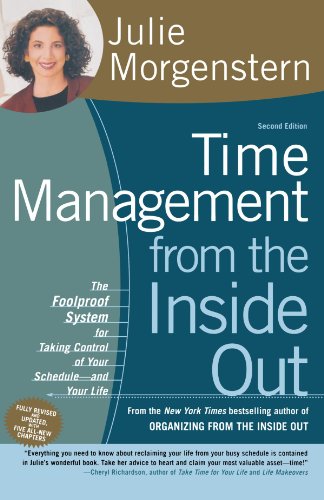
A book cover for Time Management from the Inside Out, Second Edition: The Foolproof System for Taking Control of Your Schedule -- and Your Life; Julie Morgenstern; Self-Help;